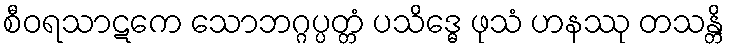
စီဝရသာဋကေ သောဘဂ္ဂပ္ပတ္တံ ပသိဒ္ဓေ ဖုသံ ဟနဿု တသန္တိ